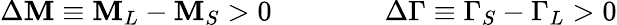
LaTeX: \Delta\mathbf{M}\equiv\mathbf{M}_{L}-\mathbf{M}_{S}>0\qquad\qquad\Delta\Gamma\equiv\Gamma_{S}-\Gamma_{L}>0